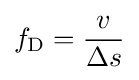
f_{\text{D}}={\frac {v}{\Delta s}}